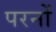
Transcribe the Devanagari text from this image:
परनों